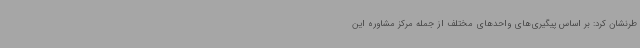
طرنشان کرد: بر اساس پیگیری‌های واحدهای مختلف از جمله مرکز مشاوره این